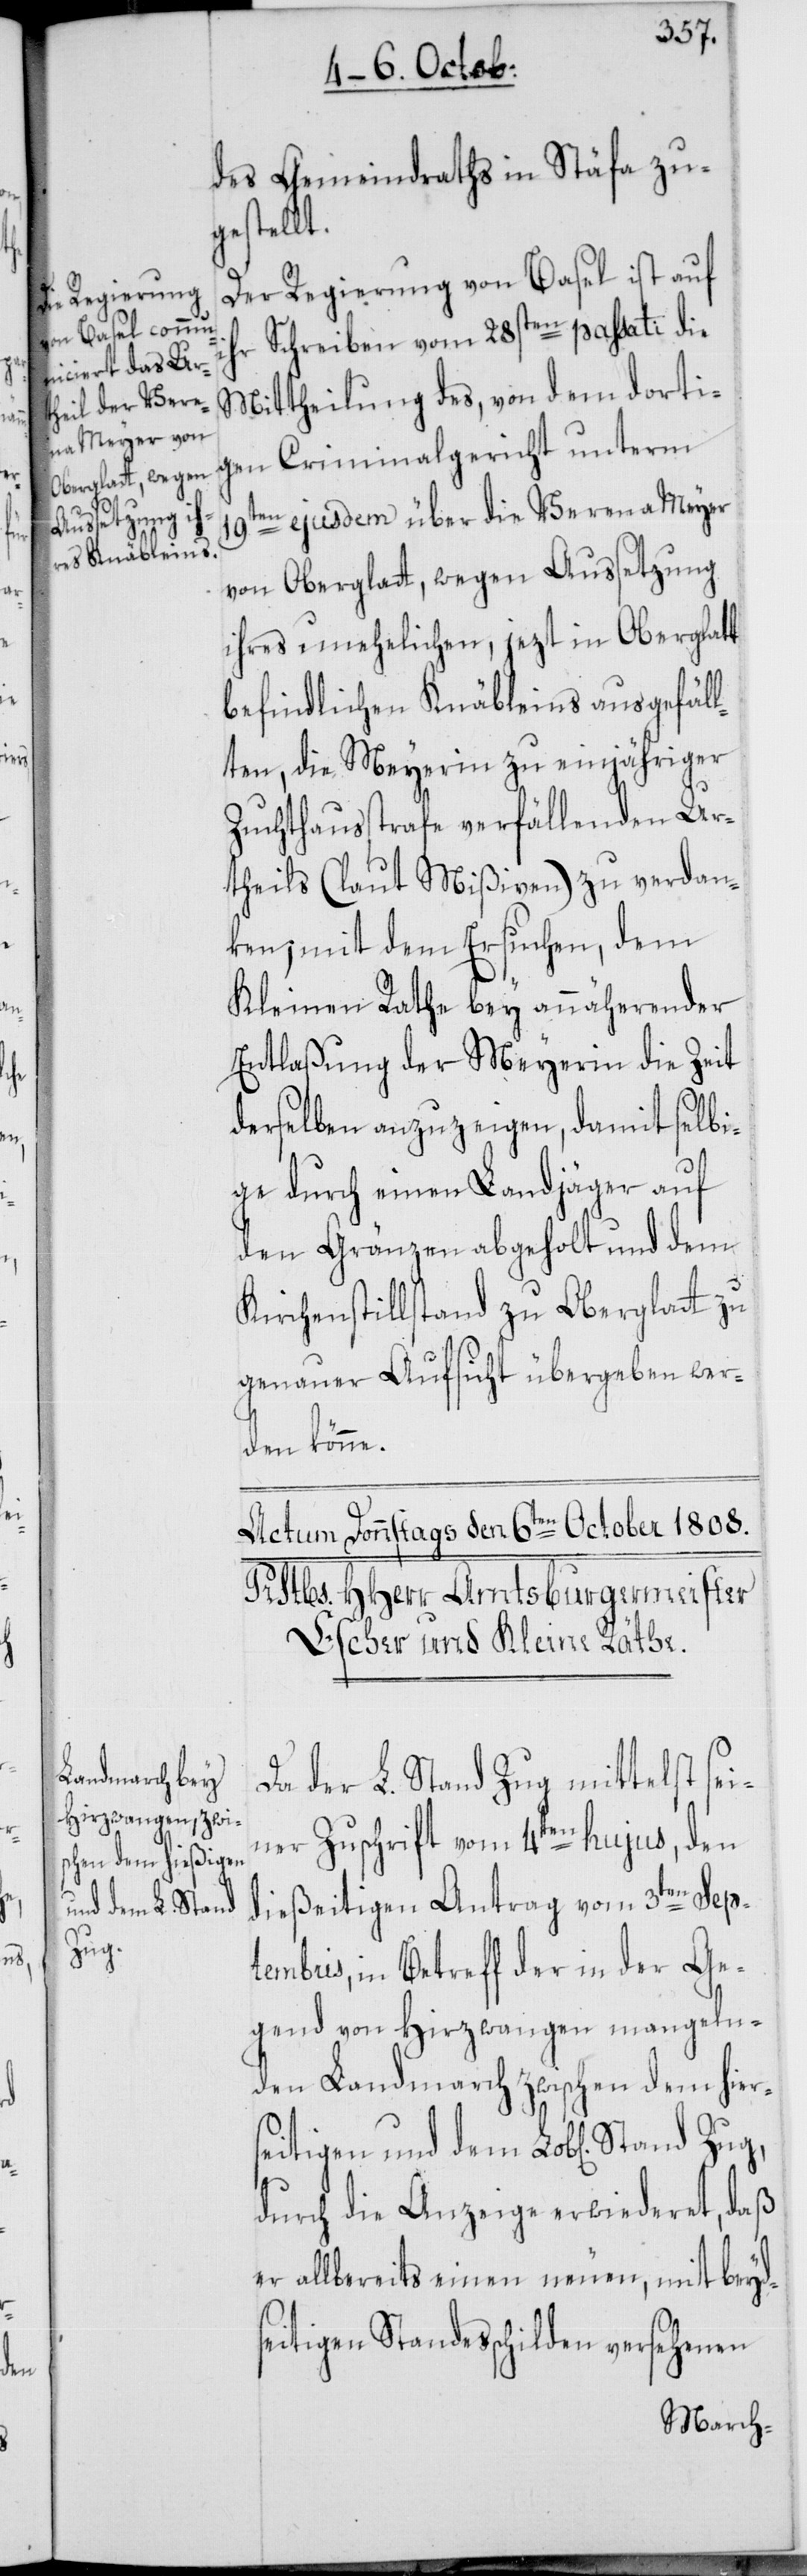
i¬

des Gemeindraths in Stäfa zu¬
gestellt.
Die Regierung von Basel ist auf
hr Schreiben vom 28sten passati die
Mittheilung des, von dem dorti¬
gen Criminalgericht unterm
19ten ejusdem über die Verena Meyer
von Oberglatt, wegen Aussetzung
ihres unehelichen, jezt in Oberglatt
befindlichen Knäbleins ausgefäll¬
ten, die Meyerin zu einjähriger
Zuchthausstrafe verfällenden Ur¬
theils (laut Mißiven) zu verdan¬
ken; mit dem Ersuchen, dem
Kleinen Rathe bey annäherender
Entlaßung der Meyerin die Zeit
derselben anzuzeigen, damit selbi¬
ge durch einen Landjäger auf
den Gränzen abgeholt und dem
Kirchenstillstand zu Oberglatt zu
genauer Aufsicht übergeben wer¬
den könne.
Da der L. Stand Zug mittelst sei¬
ner Zuschrift vom 4ten hujus, den
dießeitigen Antrag vom 3ten Sep¬
tembris, in Betreff der in der Ge¬
gend von Hirzwangen mangeln¬
den Landmarch zwischen dem hier¬
seitigen und dem L. Stand Zug,
durch die Anzeige erwiederet, daß
er allbereits einen neuen, mit beyds¬
eitigen Standesschilden versehenen